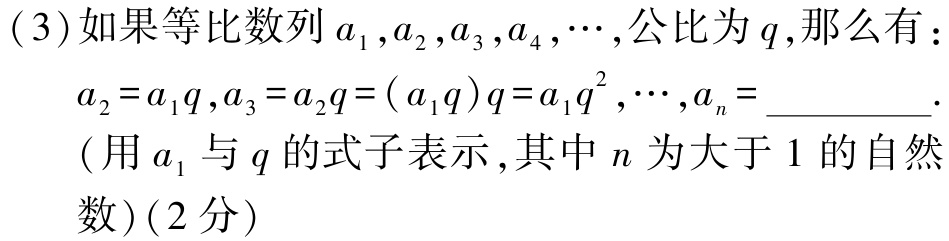
(3)如果等比数列\(a_{1},a_{2},a_{3},a_{4},\cdots\),公比为\(q\),那么有：

\(a_{2}=a_{1}q,a_{3}=a_{2}q=(a_{1}q)q=a_{1}q^{2},\cdots,a_{n}=\underline{\quad\quad}\).

(用\(a_{1}\)与\(q\)的式子表示,其中\(n\)为大于\(1\)的自然数)(2分)